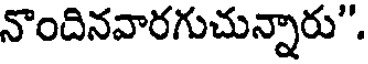
నొందినవారగుచున్నారు".